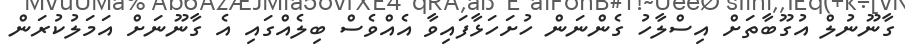
ގާނޫނުލް އުގޫބާތަށް އިސްލާހު ގެންނަން ހުށަހަޅާފައިވާ އެއްވެސް ބިލެއްގައި އެ ގާނޫނަށް އަމަލުކުރަން